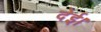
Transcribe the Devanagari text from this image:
देई।